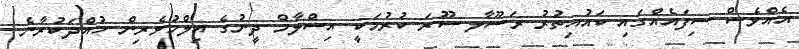
އެއްވެސް ސިފައެއްގައި ކައުއިތުރު ރަސޫލާ ސޫރަ ކުރުމަކީ އިސްލާމް ދީނުގެ އިލްމުވެރިން ހުއްދަކުރާނެ